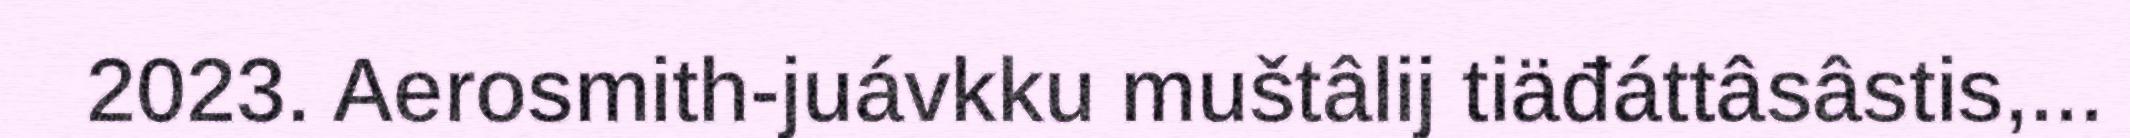
2023. Aerosmith-juávkku muštâlij tiäđáttâsâstis,...